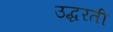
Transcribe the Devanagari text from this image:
उद्धरती